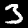
Digit: 3